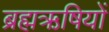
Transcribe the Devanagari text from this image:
ब्रह्मऋषियों